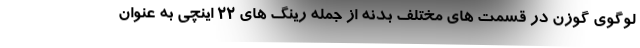
لوگوی گوزن در قسمت های مختلف بدنه از جمله رینگ های 22 اینچی به عنوان